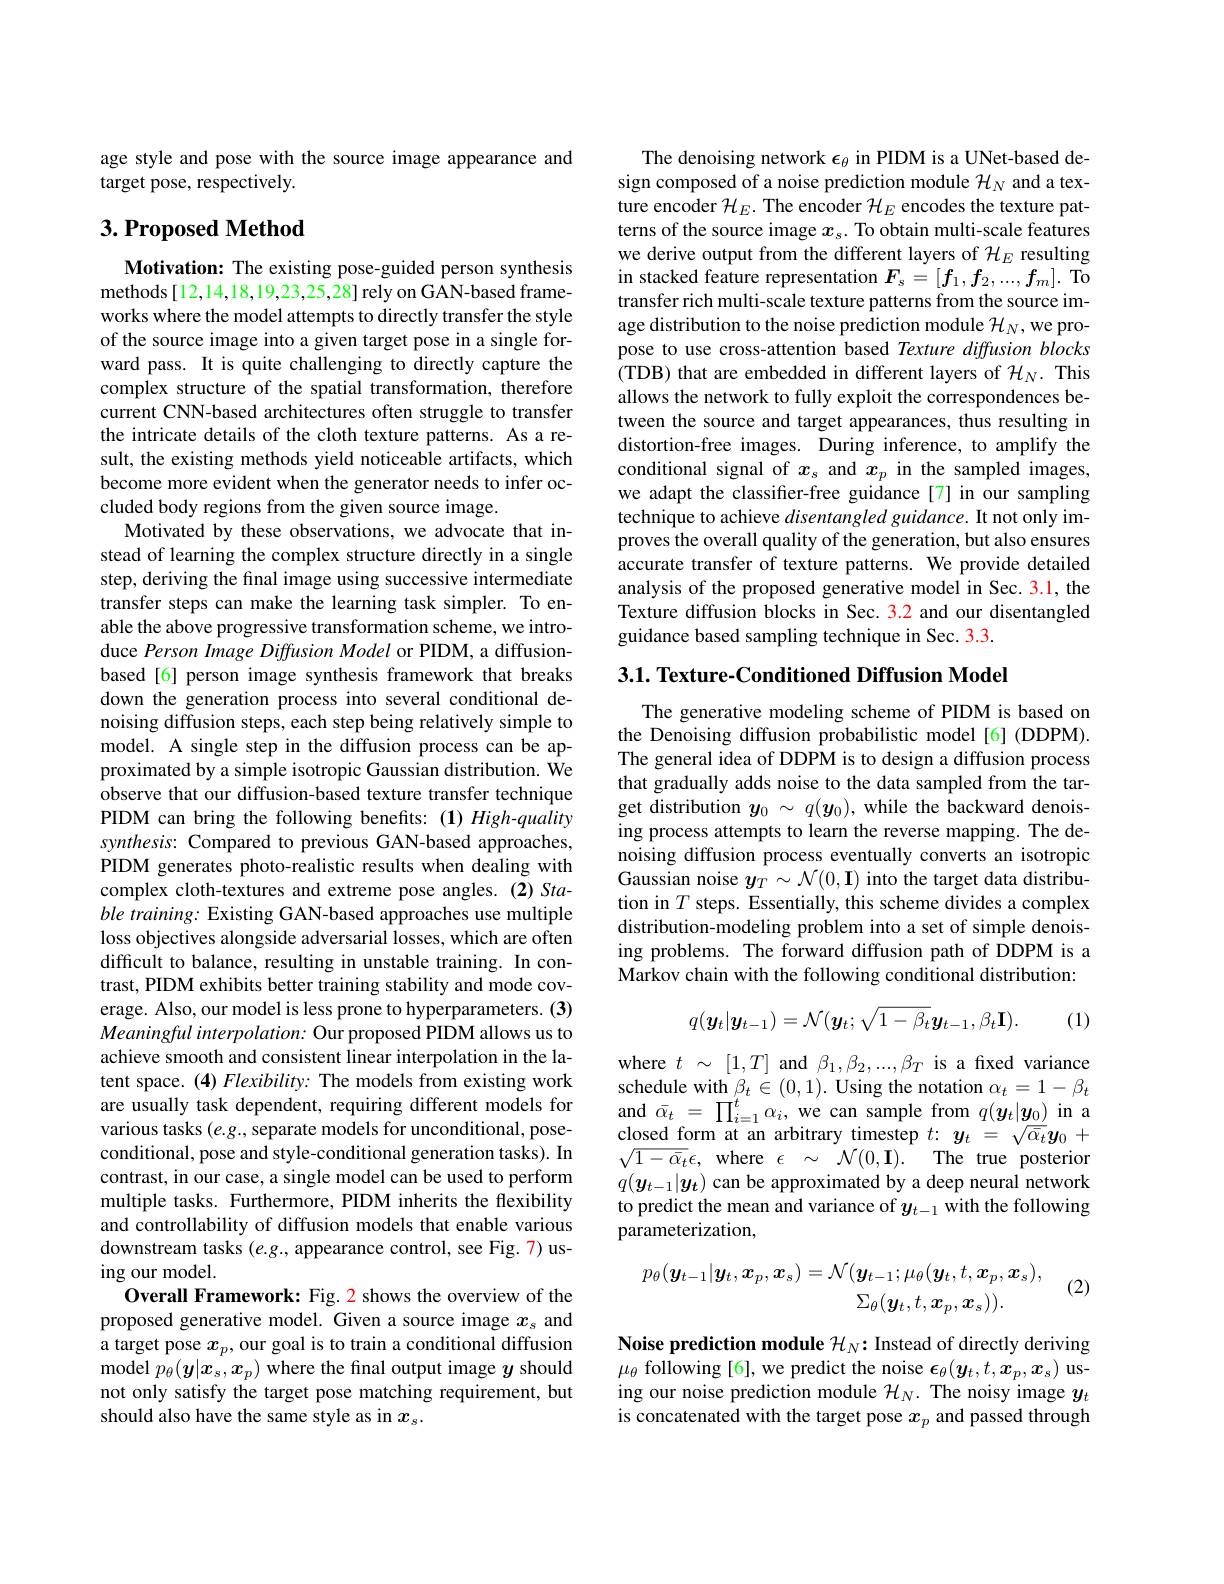
age style and pose with the source image appearance and
target pose, respectively.

## $3. \textbf{Proposed Method}$

Motivation: The existing pose-guided person synthesis methods [12,14,18,19,23,25,28] rely on GAN-based frameworks where the model attempts to directly transfer the style of the source image into a given target pose in a single forward pass. It is quite challenging to directly capture the complex structure of the spatial transformation, therefore current CNN-based architectures often struggle to transfer the intricate details of the cloth texture patterns. As a result, the existing methods yield noticeable artifacts, which become more evident when the generator needs to infer occluded body regions from the given source image.
Motivated by these observations, we advocate that instead of learning the complex structure directly in a single step, deriving the final image using successive intermediate transfer steps can make the learning task simpler. To enable the above progressive transformation scheme, we introduce Person Image Diffusion Model or PIDM, a diffusionbased[6] person image synthesis framework that breaks down the generation process into several conditional denoising diffusion steps, each step being relatively simple to model. A single step in the diffusion process can be approximated by a simple isotropic Gaussian distribution. We observe that our diffusion-based texture transfer technique PIDM can bring the following benefits:(1) High-quality synthesis: Compared to previous GAN-based approaches, PIDM generates photo-realistic results when dealing with complex cloth-textures and extreme pose angles.(2)Stable training: Existing GAN-based approaches use multiple loss objectives alongside adversarial losses, which are often difficult to balance, resulting in unstable training. In contrast, PIDM exhibits better training stability and mode coverage. Also, our model is less prone to hyperparameters. (3) Meaningful interpolation: Our proposed PIDM allows us to achieve smooth and consistent linear interpolation in the latent space. (4) Flexibility: The models from existing work are usually task dependent, requiring different models for various tasks $(e.g.$, separate models for unconditional, poseconditional, pose and style-conditional generation tasks). In contrast, in our case, a single model can be used to perform multiple tasks. Furthermore, PIDM inherits the flexibility and controllability of diffusion models that enable various downstream tasks $(e.g.$, appearance control, see Fig. 7) using our model.
Overall Framework: Fig. 2 shows the overview of the proposed generative model. Given a source image $x_\mathrm{s}$ and a target pose $x_p$, our goal is to train a conditional diffusion model $p_\theta(\boldsymbol{y}|\boldsymbol{x}_s,\boldsymbol{x}_p)$ where the final output image $y$ should not only satisfy the target pose matching requirement, but should also have the same style as in $x_s.$

The denoising network $\epsilon_\theta$ in PIDM is a UNet-based design composed of a noise prediction module $\mathcal{H}_N$ and a texture encoder $\mathcal{H}_E.$ The encoder $\mathcal{H}_E$ encodes the texture patterns of the source image $x_s.$ To obtain multi-scale features we derive output from the different layers of $\mathcal{H}_E$ resulting in stacked feature representation $F_s=[f_1,f_2,...,f_m].$ To transfer rich multi-scale texture patterns from the source image distribution to the noise prediction module $\mathcal{H}_N$,we propose to use cross-attention based Texture diffusion blocks (TDB) that are embedded in different layers of $\mathcal{H}_N.$ This allows the network to fully exploit the correspondences between the source and target appearances, thus resulting in distortion-free images. During inference, to amplify the conditional signal of $x_s$ and $x_p$ in the sampled images, we adapt the classifter-free guidance[7] in our sampling technique to achieve disentangled guidance. It not only improves the overall quality of the generation, but also ensures accurate transfer of texture patterns. We provide detailed analysis of the proposed generative model in Sec. 3.1, the Texture diffusion blocks in Sec. 3.2 and our disentangled guidance based sampling technique in Sec. 3.3

$3. 1. \textbf{ Texture- Conditioned Diffusion Model}$

The generative modeling scheme of PIDM is based on the Denoising diffusion probabilistic model[6](DDPM). The general idea of DDPM is to design a diffusion process that gradually adds noise to the data sampled from the target distribution $y_0\sim q(\boldsymbol{y}_0)$, while the backward denoising process attempts to learn the reverse mapping. The denoising diffusion process eventually converts an isotropic Gaussian noise $y_T\sim\mathcal{N}(0,\mathbf{I})$ into the target data distribution in $T$ steps. Essentially, this scheme divides a complex distribution-modeling problem into a set of simple denoising problems. The forward diffusion path of DDPM is a Markov chain with the following conditional distribution:
$$q(\boldsymbol{y}_{t}|\boldsymbol{y}_{t-1})=\mathcal{N}(\boldsymbol{y}_{t};\sqrt{1-\beta_{t}}\boldsymbol{y}_{t-1},\beta_{t}\mathbf{I}).$$
(1)

where $t~\sim~[1,T]~$and $\beta_1,\beta_2,...,\beta_T$ is a fixed variance schedule with $\beta_t\in(0,1).$ Using the notation $\alpha_t=1-\beta_t$ and$\bar{\alpha}_{t}=\prod_{i=1}^{t}\alpha_{i}$,we can sample from $q(\boldsymbol y_{t}|\boldsymbol{y}_{0})$ in a closed form at an arbitrary timestep $t{:}\boldsymbol y_t=\sqrt{\bar{\alpha}_t}\boldsymbol{y}_0+$ $\sqrt{1-\bar{\alpha}_{t}}\epsilon$,where$\epsilon\sim\mathcal{N}(0,\mathbf{I}).$The true posterior $q(\boldsymbol{y}_{t-1}|\boldsymbol{y}_t)$ can be approximated by a deep neural network to predict the mean and variance of $y_{t-1}$ with the following parameterization,
$$p_{\theta}(\boldsymbol{y}_{t-1}|\boldsymbol{y}_{t},\boldsymbol{x}_{p},\boldsymbol{x}_{s})=\mathcal{N}(\boldsymbol{y}_{t-1};\mu_{\theta}(\boldsymbol{y}_{t},t,\boldsymbol{x}_{p},\boldsymbol{x}_{s}),\\\Sigma_{\theta}(\boldsymbol{y}_{t},t,\boldsymbol{x}_{p},\boldsymbol{x}_{s})).$$
(2)

Noise prediction module $\mathcal{H}_N:$ Instead of directly deriving $\mu_{\theta}$ following [6], we predict the noise $\epsilon_\theta(\boldsymbol y_t,t,\boldsymbol x_p,\boldsymbol x_s)$ using our noise prediction module $\mathcal{H}_N.$ The noisy image $y_t$ is concatenated with the target pose $x_p$ and passed through